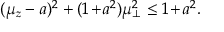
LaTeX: ( \mu _ { z } - a ) ^ { 2 } + ( 1 \! + \! a ^ { 2 } ) \mu _ { \bot } ^ { 2 } \le 1 \! + \! a ^ { 2 } .